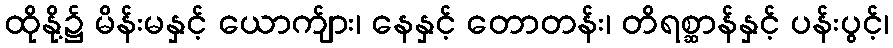
ထိုနို့၌ မိန်းမနှင့် ယောက်ျား၊ နေနှင့် တောတန်း၊ တိရစ္ဆာန်နှင့် ပန်းပွင့်၊